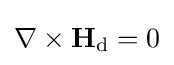
\nabla \times \mathbf {H} _{\text{d}}=0